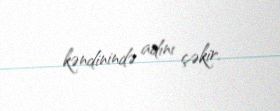
kəndinində adını çəkir.